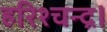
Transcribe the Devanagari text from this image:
हरिश्चन्द्र।